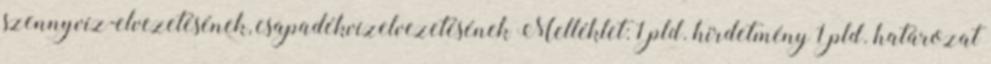
szennyvíz-elvezetésének, csapadékvízelvezetésének Melléklet: 1 pld. hirdetmény 1 pld. határozat